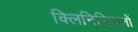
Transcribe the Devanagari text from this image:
क्लिनिसियनों